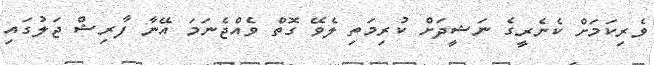
ވެރިކަމަށް ކެނެރީގެ ނަޝީދަށް ކުރިމަތި ލެވޭ ގޮތް ވެއްޖެނަމަ އޭނާ ފާރިޝް ޖަލުގައި